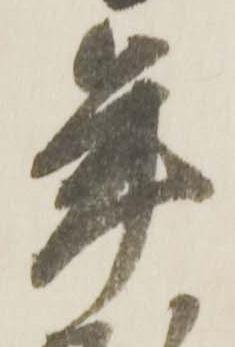
年